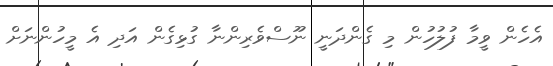
އެހެން ވީމާ ފުލުހުން މި ގެންދަނީ ނޫސްވެރިންނާ ގުޅިގެން އަދި އެ މީހުންނަށް